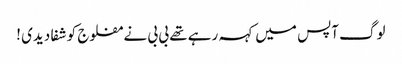
لوگ آپس میں کہہ رہے تھے بی بی نے مفلوج کو شفا دیدی !